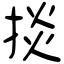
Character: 掞